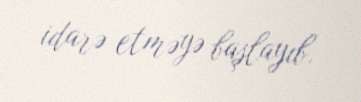
idarə etməyə başlayıb.